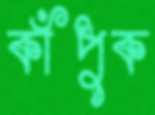
কাঁপুক